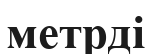
метрді